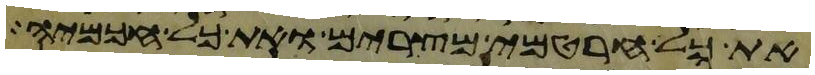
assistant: את כל חרטמי מצרים ואת כל חכמיה